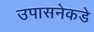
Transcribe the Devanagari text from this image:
उपासनेकडे